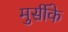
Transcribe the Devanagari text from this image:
मुर्सीके